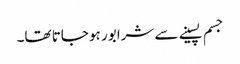
جسم پسینے سے شرابور ہو جاتا تھا۔